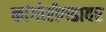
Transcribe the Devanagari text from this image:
कांगोरीगडावर